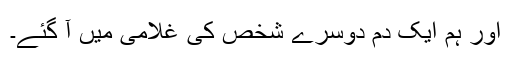
اور ہم ایک دم دوسرے شخص کی غلامی میں آ گئے۔